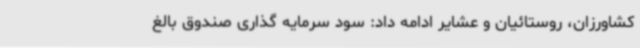
کشاورزان، روستائیان و عشایر ادامه داد: سود سرمایه گذاری صندوق بالغ